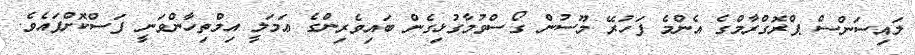
ލައިސަންސް ޕްރޮގްރާމްގެ އެންމެ ފަހުރޭ މޫސުން ގޯސްވުމާގުޅިގެން ބައިވެރިންގެ ޢަމަލީ އިމްތިހާންވަނީ ފަސްކޮށްފައެވެ.